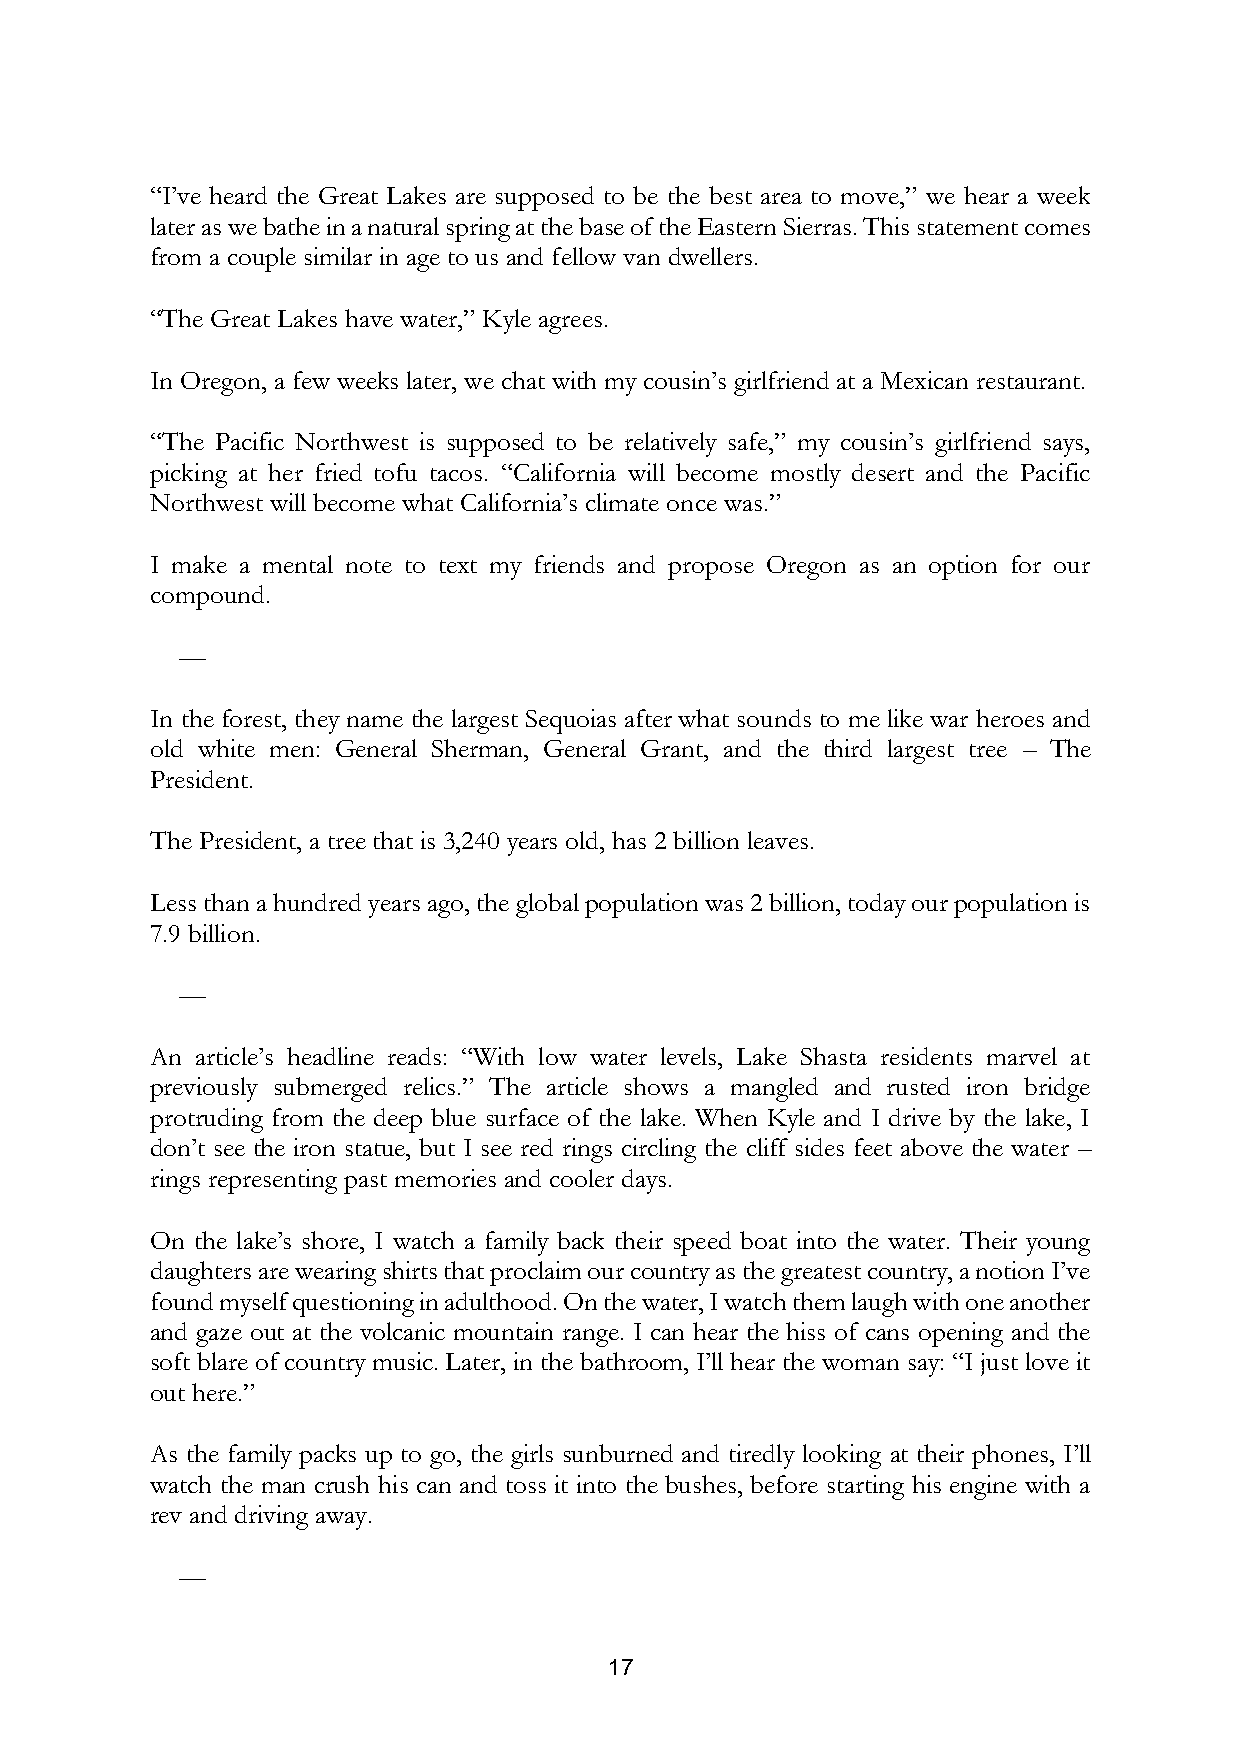
“I’ve heard the Great Lakes are supposed to be the best area to move,” we hear a week
 later as we bathe in a natural spring at the base of the Eastern Sierras. This statement comes
 from a couple similar in age to us and fellow van dwellers.
 “The Great Lakes have water,” Kyle agrees.
 In Oregon, a few weeks later, we chat with my cousin’s girlfriend at a Mexican restaurant.
 “The Pacific Northwest is supposed to be relatively safe,” my cousin’s girlfriend says,
 picking at her fried tofu tacos. “California will become mostly desert and the Pacific
 Northwest will become what California’s climate once was.”
 I make a mental note to text my friends and propose Oregon as an option for our
 compound.
 —
 In the forest, they name the largest Sequoias after what sounds to me like war heroes and
 old white men: General Sherman, General Grant, and the third largest tree – The
 President.
 The President, a tree that is 3,240 years old, has 2 billion leaves.
 Less than a hundred years ago, the global population was 2 billion, today our population is
 7.9 billion.
 —
 An article’s headline reads: “With low water levels, Lake Shasta residents marvel at
 previously submerged relics.” The article shows a mangled and rusted iron bridge
 protruding from the deep blue surface of the lake. When Kyle and I drive by the lake, I
 don’t see the iron statue, but I see red rings circling the cliff sides feet above the water –
 rings representing past memories and cooler days.
 On the lake’s shore, I watch a family back their speed boat into the water. Their young
 daughters are wearing shirts that proclaim our country as the greatest country, a notion I’ve
 found myself questioning in adulthood. On the water, I watch them laugh with one another
 and gaze out at the volcanic mountain range. I can hear the hiss of cans opening and the
 soft blare of country music. Later, in the bathroom, I’ll hear the woman say: “I just love it
 out here.”
 As the family packs up to go, the girls sunburned and tiredly looking at their phones, I’ll
 watch the man crush his can and toss it into the bushes, before starting his engine with a
 rev and driving away.
 —
 17